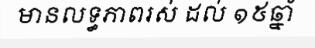
មានលទ្ធភាពរស់ ដល់ ១៥ឆ្នាំ